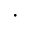
\cdot